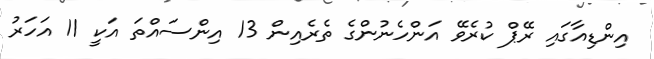
އިންޑިއާގައި ރޭޕް ކުރެވޭ އަންހެނުންގެ ތެރެއިން 13 އިންސައްތަ އަކީ 11 އަހަރު